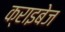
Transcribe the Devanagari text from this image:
क्राइबेज